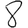
Digit: 8